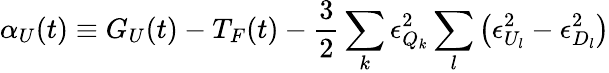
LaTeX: \alpha_{U}(t)\equiv G_{U}(t)-T_{F}(t)-\frac{3}{2}\sum_{k}\epsilon_{Q_{k}}^{2}\sum_{l}\left(\epsilon_{U_{l}}^{2}-\epsilon_{D_{l}}^{2}\right)